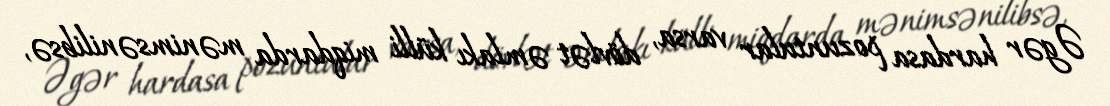
Əgər hardasa pozuntular varsa, dövlət əmlakı külli miqdarda mənimsənilibsə,